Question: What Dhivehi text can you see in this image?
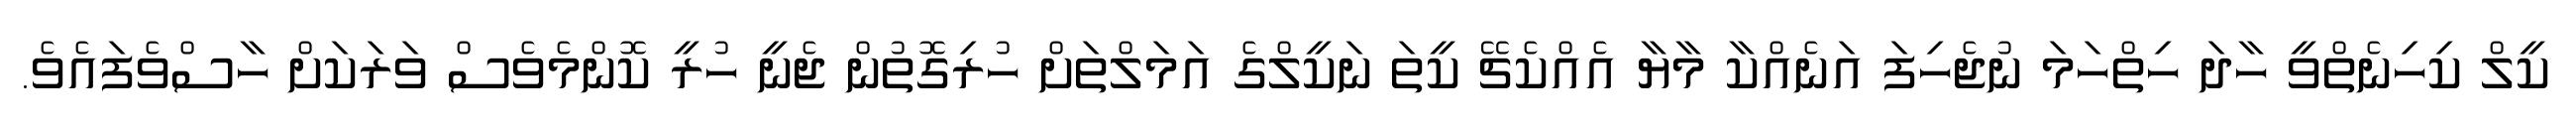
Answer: ކީލް ކިހިނެތްވީ ހާދަ ހިތްހަމަ ނުޖެހިފަ އަނެއްކާ މާޔާ އެއްކެޗޭ ކީތަ ނަކީލްގެ އަމަލްތަށް ހުރިގޮތުން ޖެނީ ހުރީ ކޮންމެވެސް ވަރަކަށް ހާސްވެފައެވެ.